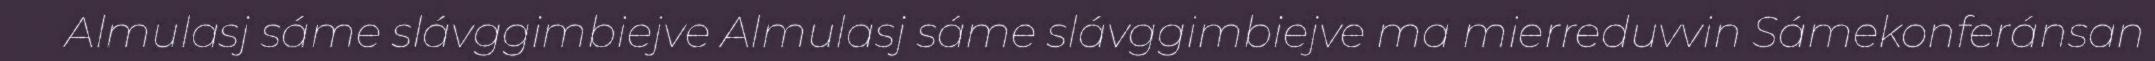
Almulasj sáme slávggimbiejve Almulasj sáme slávggimbiejve ma mierreduvvin Sámekonferánsan